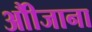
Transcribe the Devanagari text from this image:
औीजाना